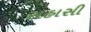
સહાસી